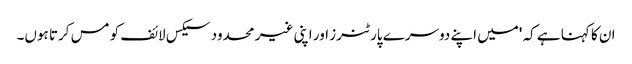
ان کا کہنا ہے کہ 'میں اپنے دوسرے پارٹنرز اور اپنی غیر محدود سیکس لائف کو مس کرتا ہوں۔